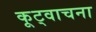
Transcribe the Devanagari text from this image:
कूट्वाचना